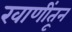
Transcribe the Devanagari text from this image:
खाणींतून